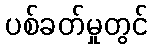
ပစ်ခတ်မှုတွင်